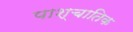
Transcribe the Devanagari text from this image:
पाश्चातिक